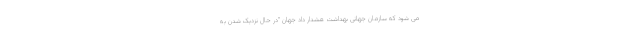
می شود که سازمان جهانی بهداشت هشدار داد جهان "در حال نزدیک شدن به